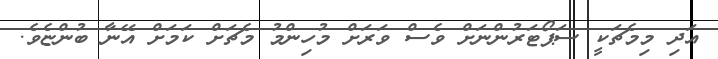
އަދި މިމެޗަކީ ސަޕޯޓަރުންނަށް ވެސް ވަރަށް މުހިންމު މެޗަށް ކަމަށް އޭނާ ބުންޏެވެ.